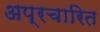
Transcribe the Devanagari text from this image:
अप्रचारित